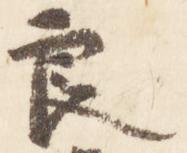
良